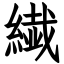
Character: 繊